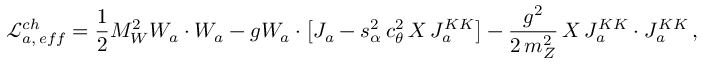
\mathcal { L } _ { a , \, e f f } ^ { c h } = \frac { 1 } { 2 } M _ { W } ^ { 2 } W _ { a } \cdot W _ { a } - g W _ { a } \cdot \left[ J _ { a } - s _ { \alpha } ^ { 2 } \, c _ { \theta } ^ { 2 } \, X \, J _ { a } ^ { K K } \right] - \frac { g ^ { 2 } } { 2 \, m _ { Z } ^ { 2 } } \, X \, J _ { a } ^ { K K } \cdot J _ { a } ^ { K K } \, ,